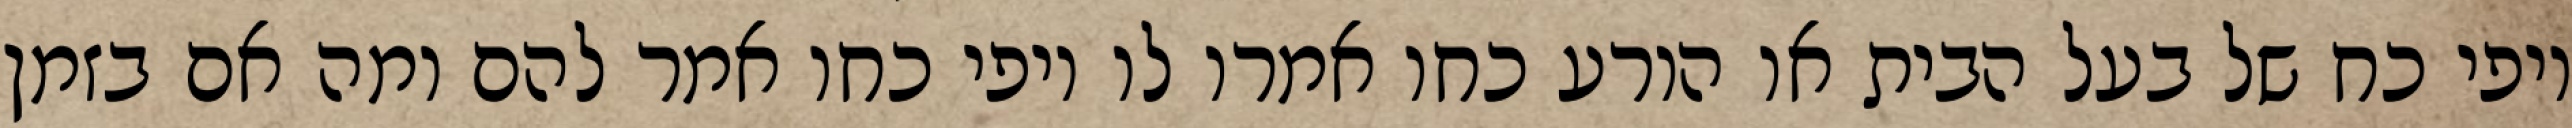
יופי כח של בעל הבית או הורע כחו אמרו לו יופי כחו אמר להם ומה אם בזמן